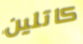
كاتلين